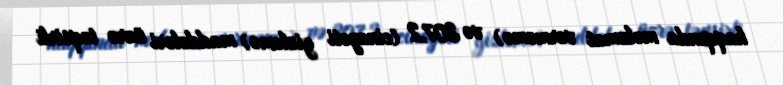
haqqında məlumat verməmə) və 307.2 (cinayəti gizləmə) maddələri üzrə təqsirli